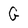
Character: G